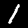
Label: 1